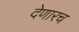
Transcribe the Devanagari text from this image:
देणारच